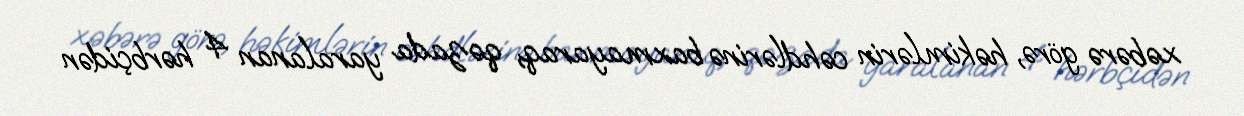
xəbərə görə, həkimlərin cəhdlərinə baxmayaraq, qəzada yaralanan 4 hərbçidən